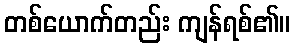
တစ်ယောက်တည်း ကျန်ရစ်၏။